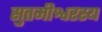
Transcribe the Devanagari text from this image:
सुतमीश्वरस्य